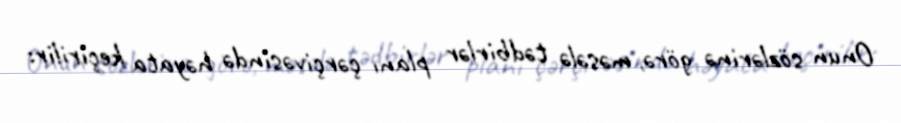
Onun sözlərinə görə, məsələ tədbirlər planı çərçivəsində həyata keçirilir: